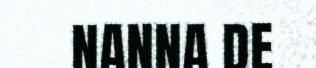
NANNA DE